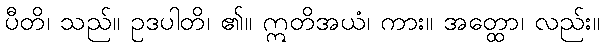
ပီတိ၊ သည်။ ဥဒပါတိ၊ ၏။ ဣတိအယံ၊ ကား။ အတ္ထော၊ လည်း။